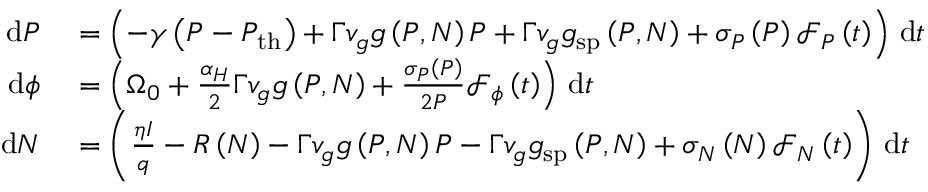
\begin{array} { r l } { \mathrm { d } P } & { { } = \left( - \gamma \left( P - P _ { \mathrm { t h } } \right) + \Gamma v _ { g } g \left( P , N \right) P + \Gamma v _ { g } g _ { \mathrm { s p } } \left( P , N \right) + \sigma _ { P } \left( P \right) \mathcal { F } _ { P } \left( t \right) \right) \, \mathrm { d } t } \\ { \mathrm { d } \phi } & { { } = \left( \Omega _ { 0 } + \frac { \alpha _ { H } } { 2 } \Gamma v _ { g } g \left( P , N \right) + \frac { \sigma _ { P } \left( P \right) } { 2 P } \mathcal { F } _ { \phi } \left( t \right) \right) \, \mathrm { d } t } \\ { \mathrm { d } N } & { { } = \left( \frac { \eta I } { q } - R \left( N \right) - \Gamma v _ { g } g \left( P , N \right) P - \Gamma v _ { g } g _ { \mathrm { s p } } \left( P , N \right) + \sigma _ { N } \left( N \right) \mathcal { F } _ { N } \left( t \right) \right) \, \mathrm { d } t } \end{array}